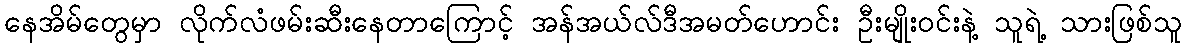
နေအိမ်တွေမှာ လိုက်လံဖမ်းဆီးနေတာကြောင့် အန်အယ်လ်ဒီအမတ်ဟောင်း ဦးမျိုးဝင်းနဲ့ သူရဲ့ သားဖြစ်သူ